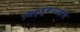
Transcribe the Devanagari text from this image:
भिक्षुकशाहीचे